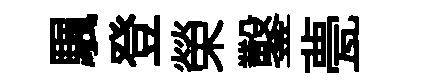
颿登榮鑿甍